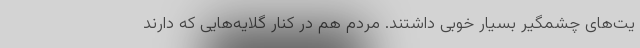
یت‌های چشمگیر بسیار خوبی داشتند. مردم هم در کنار گلایه‌هایی که دارند